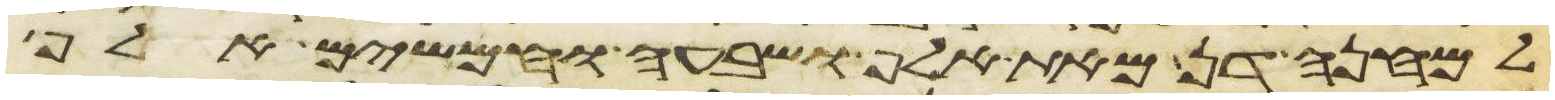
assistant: למחנה דן מאת אלף ושבעה וחמשים אלף